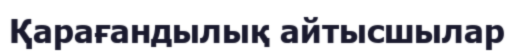
Қарағандылық айтысшылар